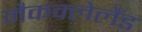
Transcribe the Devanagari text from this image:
मैकक्लेलैंड